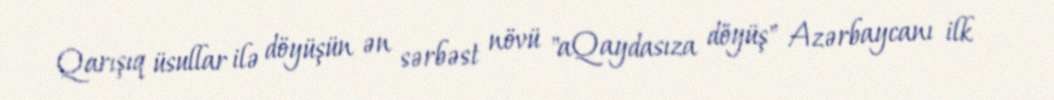
Qarışıq üsullar ilə döyüşün ən sərbəst növü "aQaydasıza döyüş" Azərbaycanı ilk